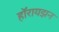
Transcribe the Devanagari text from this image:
हॉरायझन